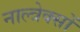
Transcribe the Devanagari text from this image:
नाल्त्रेक्सों